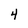
Character: 4